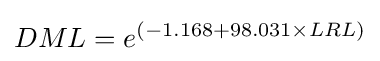
DML=e^{(-1.168+98.031\times LRL)}